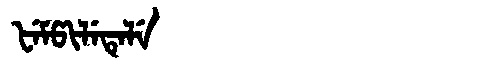
Manchu: ᡶᡝᠮᡦᡳᠯᡝᡨᡝᠯᡝ
Romanization: FEMPILETELE